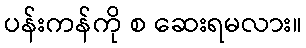
ပန်းကန်ကို စ ဆေးရမလား။